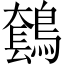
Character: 𪄤